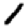
Digit: 1